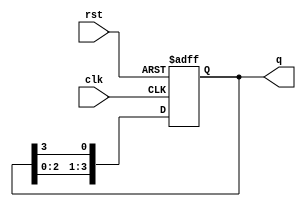
module ring_counter (
    input wire clk,      // Clock signal
    input wire rst,      // Reset signal
    output reg [N-1:0] q // Output state of the ring counter
);
    parameter N = 4; // Number of flip-flops (bits in the counter)

    // Initial state for the ring counter
    initial begin
        q = 1'b1; // Start with the first flip-flop set to '1'
    end

    always @(posedge clk or posedge rst) begin
        if (rst) begin
            q <= 1'b1; // Reset to initial state
        end else begin
            // Shift the '1' through the flip-flops
            q <= {q[N-2:0], q[N-1]}; // Shift left and wrap around
        end
    end
endmodule